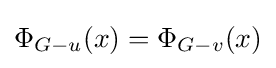
\Phi _{G-u}(x)=\Phi _{G-v}(x)